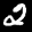
Label: 2